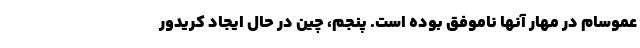
عموسام در مهار آنها ناموفق بوده است. پنجم، چین در حال ایجاد کریدور